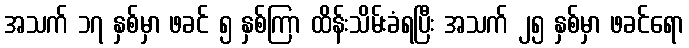
အသက် ၁၇ နှစ်မှာ ဖခင် ၅ နှစ်ကြာ ထိန်းသိမ်းခံရပြီး အသက် ၂၅ နှစ်မှာ ဖခင်ရော